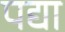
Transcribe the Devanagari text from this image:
पद्या